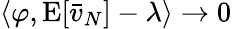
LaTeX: \langle\varphi,\operatorname{E}[{\bar{v}}_{N}]-\lambda\rangle\to 0